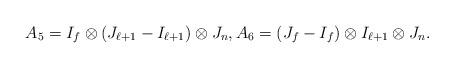
LaTeX: \begin{align*}A_5=I_f\otimes (J_{\ell+1}-I_{\ell+1})\otimes J_n,A_6=(J_f-I_f)\otimes I_{\ell+1} \otimes J_n.\end{align*}